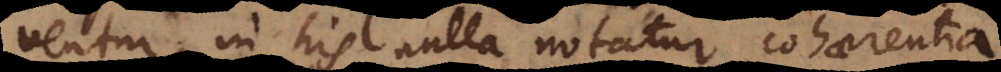
ventur, in his nulla notatur cohaerentia.